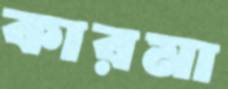
কারমা